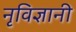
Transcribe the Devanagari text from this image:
नृविज्ञानी